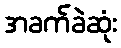
အခက်ခဲဆုံး